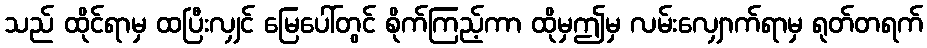
သည် ထိုင်ရာမှ ထပြီးလျှင် မြေပေါ်တွင် စိုက်ကြည့်ကာ ထိုမှဤမှ လမ်းလျှောက်ရာမှ ရုတ်တရက်